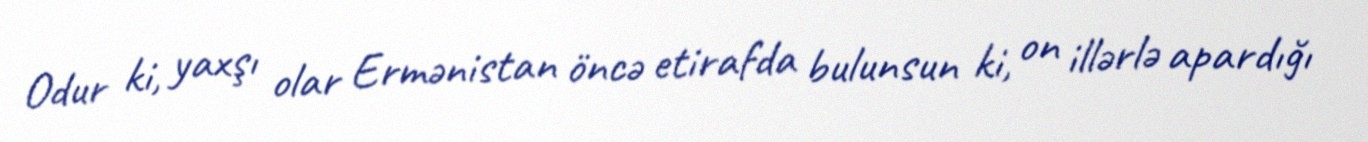
Odur ki, yaxşı olar Ermənistan öncə etirafda bulunsun ki, on illərlə apardığı